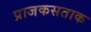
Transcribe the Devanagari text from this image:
प्राजकसताक